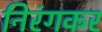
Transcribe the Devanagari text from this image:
निरंगकर